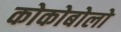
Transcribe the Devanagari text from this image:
कोकोबोलो